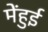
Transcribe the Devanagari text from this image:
मेंहुई